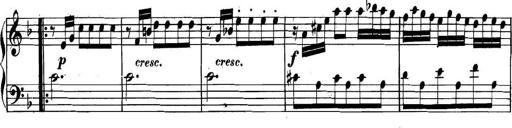
Title: Collected Piano Sonatas
Composer: Muzio Clementi